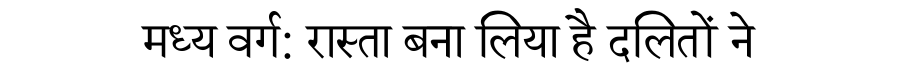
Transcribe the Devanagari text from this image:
मध्य वर्ग: रास्ता बना लिया है दलितों ने